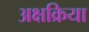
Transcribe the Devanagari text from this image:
अक्षक्रिया